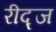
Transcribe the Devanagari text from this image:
रीद्ज